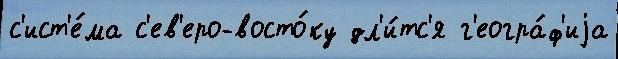
с'ист'е́ма с'ев'еро-восто́ку дл'и́тс'я г'еогра́ф'иjа